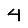
Digit: 4